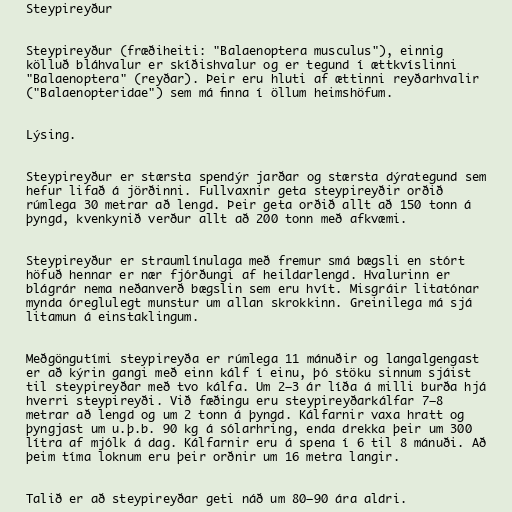
Steypireyður

Steypireyður (fræðiheiti: "Balaenoptera musculus"), einnig
kölluð bláhvalur er skíðishvalur og er tegund í ættkvíslinni
"Balaenoptera" (reyðar). Þeir eru hluti af ættinni reyðarhvalir
("Balaenopteridae") sem má finna í öllum heimshöfum.

Lýsing.

Steypireyður er stærsta spendýr jarðar og stærsta dýrategund sem
hefur lifað á jörðinni. Fullvaxnir geta steypireyðir orðið
rúmlega 30 metrar að lengd. Þeir geta orðið allt að 150 tonn á
þyngd, kvenkynið verður allt að 200 tonn með afkvæmi.

Steypireyður er straumlínulaga með fremur smá bægsli en stórt
höfuð hennar er nær fjórðungi af heildarlengd. Hvalurinn er
blágrár nema neðanverð bægslin sem eru hvít. Misgráir litatónar
mynda óreglulegt munstur um allan skrokkinn. Greinilega má sjá
litamun á einstaklingum.

Meðgöngutími steypireyða er rúmlega 11 mánuðir og langalgengast
er að kýrin gangi með einn kálf í einu, þó stöku sinnum sjáist
til steypireyðar með tvo kálfa. Um 2–3 ár líða á milli burða hjá
hverri steypireyði. Við fæðingu eru steypireyðarkálfar 7–8
metrar að lengd og um 2 tonn á þyngd. Kálfarnir vaxa hratt og
þyngjast um u.þ.b. 90 kg á sólarhring, enda drekka þeir um 300
lítra af mjólk á dag. Kálfarnir eru á spena í 6 til 8 mánuði. Að
þeim tíma loknum eru þeir orðnir um 16 metra langir.

Talið er að steypireyðar geti náð um 80–90 ára aldri.